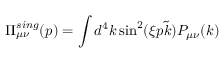
\Pi _ { \mu \nu } ^ { s i n g } ( p ) = \int d ^ { 4 } k \sin ^ { 2 } ( \xi p \tilde { k } ) P _ { \mu \nu } ( k )